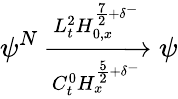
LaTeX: \psi^{N}\xrightarrow[C_{t}^{0}H_{x}^{\frac{5}{2}+\delta^{-}}]{L_{t}^{2}H_{0,x}^{\frac{7}{2}+\delta^{-}}}\psi